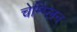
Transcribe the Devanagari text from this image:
चेम्प्लिन